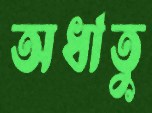
অধাতু